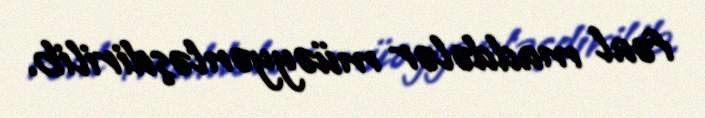
fəal maddələr müəyyənləşdirilib.